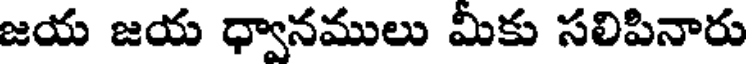
జయ జయ ధ్వానములు మీకు సలిపినారు